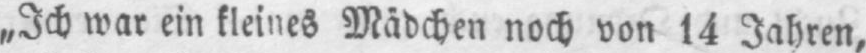
Mädchen noch von 14 Jahren,